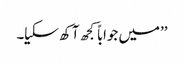
’’میں جواباً کجھ آکھ سکیا۔